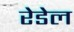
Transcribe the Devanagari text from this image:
रेडेल